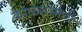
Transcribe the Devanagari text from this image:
कोळशामध्ये